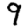
Digit: 9